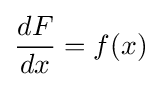
{\frac {dF}{dx}}=f(x)